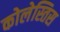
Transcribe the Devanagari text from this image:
कोलेस्तिस